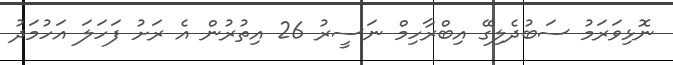
ނޮޅިވަރަމު ސަބުދެލިގޭ އިބްރާހިމް ނަސީރު 26 އިތުރުން އެ ރަށު ފަހަލަ އަހުމަދު